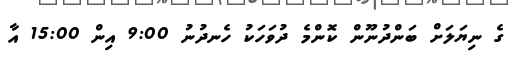
ގެ ނިޔަލަށް ބަންދުނޫން ކޮންމެ ދުވަހަކު ހެނދުނު 9:00 އިން 15:00 އާ